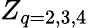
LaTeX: Z_{q=2,3,4}